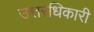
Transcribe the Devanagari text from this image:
उत्तरधिकारी